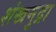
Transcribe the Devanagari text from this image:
शंखमुद्रा